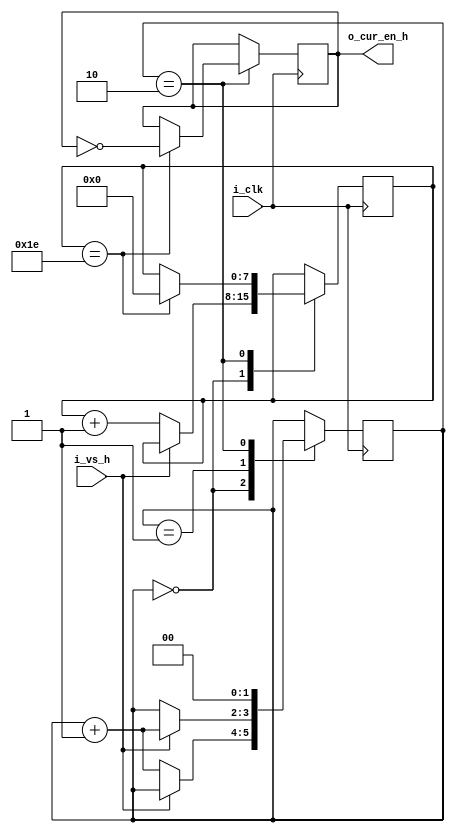

//-----------------------------------------------------------------------------
// cursor Migaet
//-----------------------------------------------------------------------------
module vga_cursor_blinking 
#(
    parameter CUR_COUNT_VS = 30    // cursor viden na 60 kadrah
)
(
    input  wire i_clk,
	input  wire i_vs_h,       // virtikal syncro
	output wire o_cur_en_h    // cursor enable
);

reg [1:0] st = 0;
reg [7:0] count = 0;
reg cur_en_h = 0;

always @(posedge i_clk)
begin
    case (st)
		0:
		begin
			if (i_vs_h == 0) begin
				count <= count + 1'b1;
				st <= st + 1'b1;
			end
		end
		
		1:
		begin
			if (i_vs_h == 1) st <= st + 1'b1;
		end
		
		2:
		begin
			if (count == CUR_COUNT_VS) begin
				cur_en_h <= ~ cur_en_h;
				count <= 0;
			end
			st <= 0;
		end
		
	endcase
end

assign o_cur_en_h = cur_en_h;

endmodule